Lunatic asylums in Bengal annual reports 1899-1911 - 1899-1911
Year: 1899
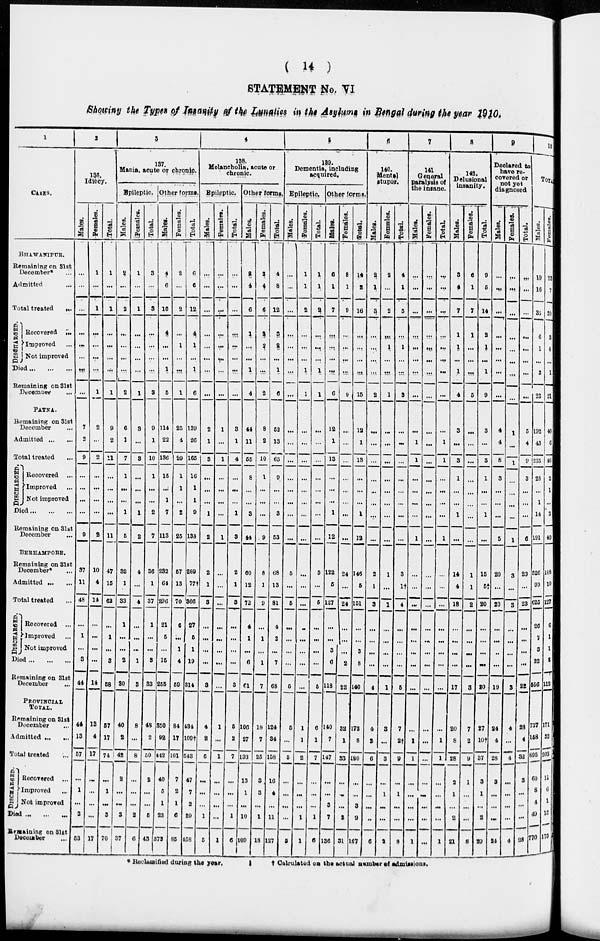
( 14)
STATEMENT No. VI
Showing the Types of Insanity of the Lunatics in the Asylums in Bengal during the year 1910.
1
CASES.
BHAWANIPUR.
Remaining on 31st
December* ...
Admitted ...
Total treated ...
DISCHARGED.
Recovered ...
Improved ...
Not improved
Died ... ... ...
Remaining on 31st
December ...
PATNA.
Remaining on 31st
December ...
Admitted ... ...
Total treated ...
DISCHARGED.
Recovered ...
Improved ...
Not improved
Died ... ... ...
Remaining on 31st
December ...
BERHAMPORE.
Remaining on 31st
December* ...
Admitted ... ...
Total treated ...
DISCHARGED.
Recovered ...
Improved ...
Not improved
Died ... ... ...
Remaining on 31st
December ...
PROVINCIAL
TOTAL.
Remaining on 31st
December ...
Admitted ... ...
Total treated ...
DISCHARGED.
Recovered ...
Improved ...
Not improved
Died ...
... ...
Remaining on 31st
December ...
2
136.
Idiocy.
Males.
...
...
...
...
...
...
...
...
7
2
9
...
...
...
...
9
37
11
48
...
1
...
3
44
44
13
57
...
1
...
3
63
Females.
1
...
1
...
...
...
...
1
2
...
2
...
...
...
...
2
10
4
14
...
...
...
...
14
13
4
17
...
...
...
...
17
Total.
1
...
1
...
...
...
...
1
9
2
11
...
...
...
...
11
47
15
62
...
1
...
3
58
57
17
74
...
1
...
3
70
3
137.
Mania, acute or chronic.
Epileptic.
Males.
2
...
2
...
...
...
...
2
6
1
7
1
...
...
1
5
32
1
33
1
...
...
2
30
40
2
42
2
...
...
3
37
Females.
1
...
1
...
...
...
...
1
3
...
3
...
...
...
1
2
4
...
4
...
...
...
1
3
8
...
8
...
...
...
2
6
Total.
3
...
3
...
...
...
...
3
9
1
10
1
...
...
2
7
36
1
37
1
...
...
3
33
48
2
50
2
...
...
5
43
Other forms.
Males.
4
6
10
4
...
...
1
5
114
22
136
15
...
1
7
113
232
64
296
21
5
...
15
255
350
92
412
40
6
1
23
373
Females.
2
...
2
...
1
...
...
1
25
4
29
1
1
...
2
25
57
13
70
6
...
1
4
59
84
17
101
7
2
1
6
85
Total.
6
6
12
4
1
...
1
6
139
26
165
16
1
1
9
138
289
77†
366
27
5
1
19
314
434
109†
543
47
7
2
29
458
4
138.
Melancholia, acute or
chronic.
Epileptic.
Males.
...
...
...
...
...
...
...
...
2
1
3
...
...
...
1
2
2
1
3
...
...
...
...
3
4
2
6
...
...
...
1
5
Females.
...
...
...
...
...
...
...
...
1
...
1
...
...
...
...
1
...
...
...
...
...
...
...
...
1
...
1
...
...
...
...
1
Total.
...
...
...
...
...
...
...
...
3
1
4
...
...
...
1
3
2
1
3
...
...
...
...
3
5
2
7
...
...
...
1
6
Other forms.
Males.
2
4
6
1
...
...
1
4
44
11
55
8
...
...
3
44
60
12
72
4
1
...
6
61
106
27
133
13
1
...
10
109
Females.
2
4
6
2
2
...
...
2
8
2
10
1
...
...
...
9
8
1
9
...
1
...
1
7
18
7
25
3
3
1
18
Total.
4
8
12
3
2
...
1
6
52
13
65
9
...
...
3
53
68
13
81
4
2
...
7
68
124
34
158
16
4
...
11
127
5
139.
Dementia, including
acquired.
Epileptic.
Males.
...
...
...
...
...
...
...
...
...
...
...
...
...
...
...
...
5
...
5
...
...
...
...
5
5
...
5
...
...
...
...
5
Females.
1
1
2
...
...
...
1
1
...
...
...
...
...
...
...
...
...
...
...
...
...
...
...
...
1
1
2
...
...
...
1
1
Total.
1
1
2
...
...
...
1
1
...
...
...
...
...
...
...
...
5
...
5
...
...
...
...
5
6
1
7
...
...
...
1
6
Other forms.
Males.
6
1
7
...
...
...
...
6
12
1
13
...
...
...
1
12
122
5
127
...
...
3
6
118
140
7
147
...
...
3
7
136
Females.
8
1
9
...
...
...
...
9
...
...
...
...
...
...
...
...
24
...
24
...
...
...
2
22
32
1
33
...
...
...
2
31
Total.
14
2
16
...
...
...
...
15
12
1
13
...
...
...
1
12
146
5
151
...
...
3
8
140
172
8
180
...
...
3
9
167
6
140.
Mental
stupor.
Males.
2
1
3
...
...
...
...
2
...
...
...
...
...
...
...
...
2
1
3
...
...
...
...
4
4
2
6
...
...
...
...
6
Females.
2
...
2
...
1
...
...
1
...
...
...
...
...
...
...
...
1
...
1
...
...
...
...
1
3
...
3
...
1
...
...
2
Total.
4
1
5
...
1
...
...
3
...
...
...
...
...
...
...
...
3
1†
4
...
...
...
...
5
7
2†
9
...
1
...
...
8
7
141
General
paralysis of
the insanc.
Males.
...
...
...
...
...
...
...
...
...
1
1
...
...
...
...
1
...
...
...
...
...
...
...
...
...
1
1
...
...
...
...
1
Females.
...
...
...
...
...
...
...
...
...
...
...
...
...
...
...
...
...
...
...
...
...
...
...
...
...
...
...
...
...
...
...
...
Total.
...
...
...
...
...
...
...
...
...
1
1
...
...
...
...
1
...
...
...
...
...
...
...
...
...
1
1
...
...
...
...
1
8
142.
Delusional
insanity.
Males.
3
4
7
1
1
...
1
4
3
...
3
1
...
...
1
...
14
4
18
...
...
...
...
17
20
8
28
2
1
...
2
21
Females.
6
1
7
1
...
...
...
5
...
...
...
...
...
...
...
...
1
1
2
...
...
...
...
3
7
2
9
1
...
...
...
8
Total.
9
5
14
2
1
...
1
9
3
...
3
1
...
...
1
...
15
5†
20
...
...
...
...
20
27
10†
37
3
1
...
2
29
9
Declared to
have re-
covered or
not yet
diagnosed
Males.
...
...
...
...
...
...
...
...
4
4
8
3
...
...
...
5
20
...
20
...
...
...
...
19
24
4
28
3
...
...
...
24
Females.
...
...
...
...
...
...
1
...
l
...
...
...
...
1
3
...
3
...
...
...
...
3
4
...
4
...
...
...
...
4
Total.
...
...
...
...
...
...
«...
5
4
9
3
...
...
...
6
23
...
23
...
...
...
...
22
28
4
32
3
...
...
...
28
10
TOTAL
Males.
10
16
35
6
1
...
3
23
192
43
235
28
...
1
14
191
526
99
625
26
7
3
32
556
737
158
895
60
8
4
49
770
Females.
23
7
39
3
4
...
1
21
40
6
46
2
1
...
3
40
108
19
127
6
1
1
8
112
171
32
203
11
6
1
12
173
* Reclassified during the year.
† Calculated on the actual number of Admissions.